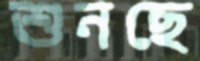
শুনছে